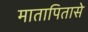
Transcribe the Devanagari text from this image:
मातापितासे